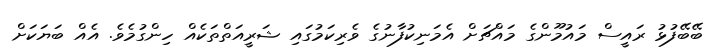
ބޭބޭފުޅު ރައީސް މައުމޫންގެ މައްޗަށް އެމަނިކުފާނުގެ ވެރިކަމުގައި ޝަރީއަތްތަކެއް ހިންގުމެވެ. އެއް ބަޔަކަށް